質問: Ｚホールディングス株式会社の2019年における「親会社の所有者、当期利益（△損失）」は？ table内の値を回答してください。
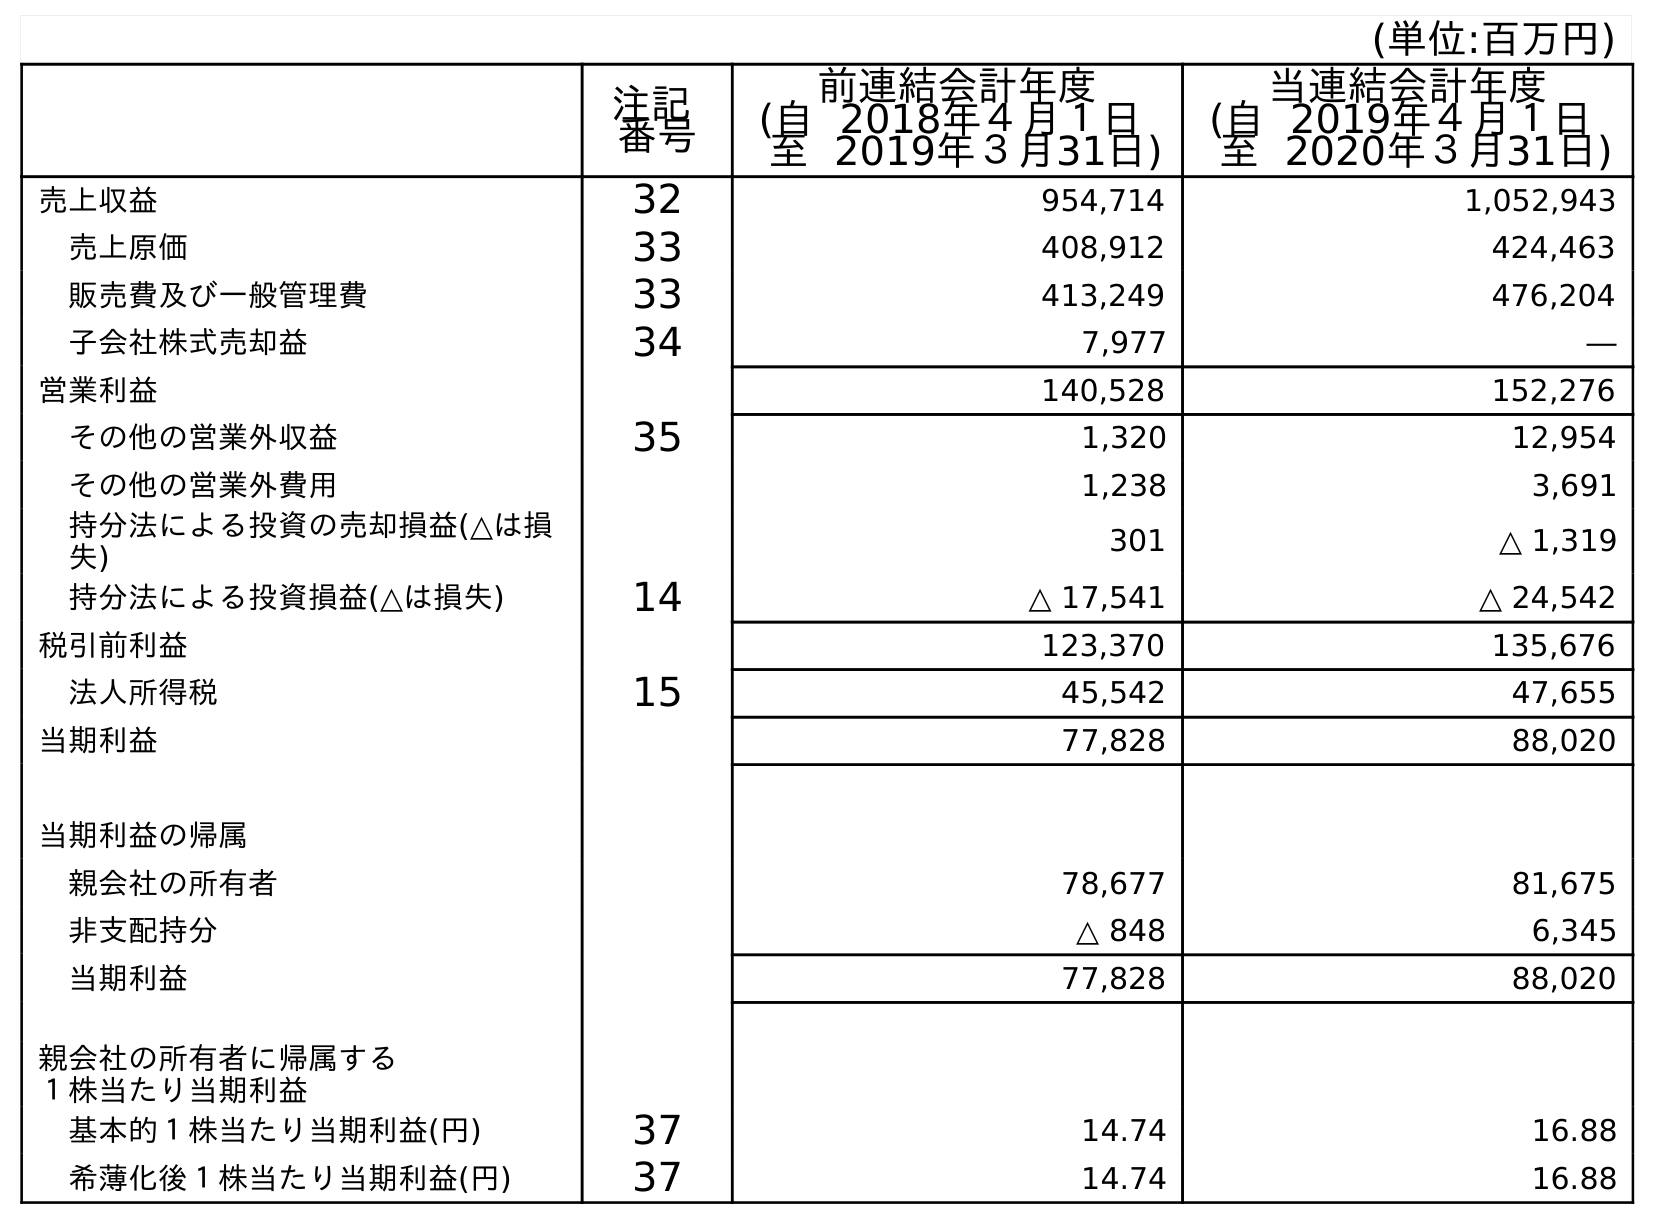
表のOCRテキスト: (単位:百万円) 注記 番号 前連結会計年度 (自 2018年４月１日 至 2019年３月31日) 当連結会計年度 (自 2019年４月１日 至 2020年３月31日) 売上収益 32 954,714 1,052,943 売上原価 33 408,912 424,463 販売費及び一般管理費 33 413,249 476,204 子会社株式売却益 34 7,977 ― 営業利益 140,528 152,276 その他の営業外収益 35 1,320 12,954 その他の営業外費用 1,238 3,691 持分法による投資の売却損益(△は損 失) 301 △ 1,319 持分法による投資損益(△は損失) 14 △ 17,541 △ 24,542 税引前利益 123,370 135,676 法人所得税 15 45,542 47,655 当期利益 77,828 88,020 当期利益の帰属 親会社の所有者 78,677 81,675 非支配持分 △ 848 6,345 当期利益 77,828 88,020 親会社の所有者に帰属する １株当たり当期利益 基本的１株当たり当期利益(円) 37 14.74 16.88 希薄化後１株当たり当期利益(円) 37 14.74 16.88
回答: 78,677